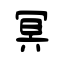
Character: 冥